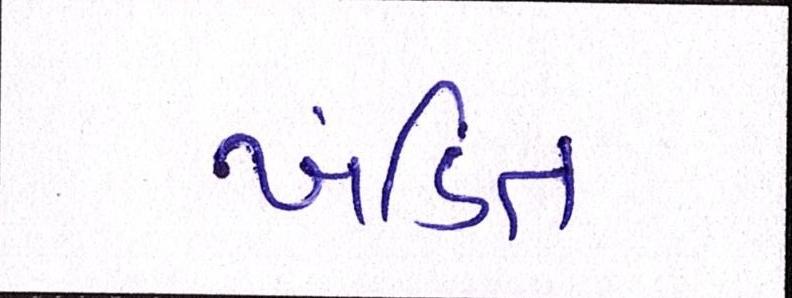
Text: ખંડિત